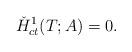
LaTeX: \begin{align*} \check H_{ct}^1(T;A)=0. \end{align*}